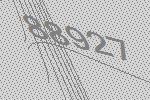
88927